Account of plague administration in the Bombay Presidency from September 1896 till May 1897
Year: 1896
Disease focus: Plague
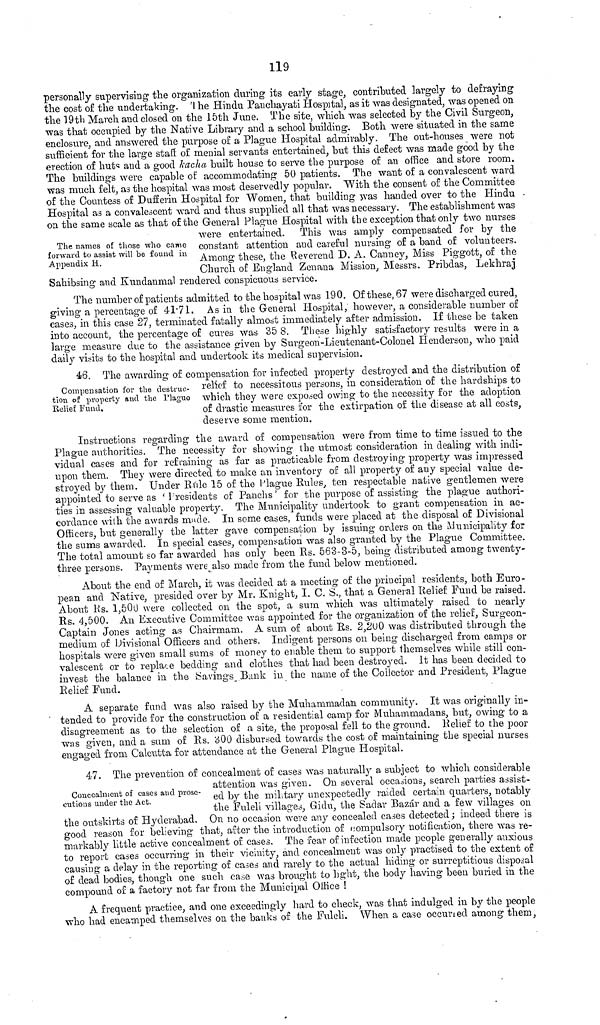
119
personally supervising the organization during its early stage, contributed largely to defraying
the cost of the undertaking. The Hindu Panchayati Hospital, as it was designated, was opened on
the 19th March and closed on the 15th June. The site, which was selected by the Civil Surgeon,
was that occupied by the Native Library and a school building. Both Avère situated in the same
enclosure, and answered the purpose of a Plague Hospital admirably. The out-houses were not
sufficient for the large staff of menial servants entertained, but this defect was made good by the
erection of huts and a good kacha built house to serve the purpose of an office and store room.
The buildings were capable of accommodating 50 patients. The want of a convalescent ward
was much felt, as the hospital was most deservedly popular. With the consent of the Committee
of the Countess of Dufferin Hospital for Women, that building was handed over to the Hindu
Hospital as a convalescent ward and thus supplied all that was necessary. The establishment was
on the same scale as that of the General Plague Hospital with the exception that only two nurses
The names of those who came
forward to assist will be found in
Appendix H.
were entertained. This was amply compensated for by the
constant attention and careful nursing of a baud of volunteers.
Among these, the Reverend D. A. Canney, Miss Piggott, of the
Church of England Zenana Mission, Messrs. Pribdas, Lekhraj
Sahibsing and Kundanmal rendered conspicuous service.
The number of patients admitted to the hospital was 190. Of these, 67 were discharged cured,
giving a percentage of 41-71. As in the General Hospital, however, a considerable number of
cases, in this case 27, terminated fatally almost immediately after admission. If these be taken
into account, the percentage of cures was 35 8. These highly satisfactory results were in a
large measure due to the assistance given by Surgeon-Lieutenant-Colonel Henderson, who paid
daily visits to the hospital and undertook its medical supervision.
Compensation for the destruc-
tion of property and the Plague
Relief Fund,
46. The awarding of compensation for infected property destroyed and the distribution of
relief to necessitous persons, in consideration of the hardships to
which they were exposed owing to the necessity for the adoption
of drastic measures for the extirpation of the disease at all costs,
deserve some mention.
Instructions regarding the award of compensation were from time to time issued to the
Plague authorities. The necessity for showing the utmost consideration in dealing with indi-
vidual cases and for refraining as far as practicable from destroying property was impressed
upon them. They were directed to make an inventory of all property of any special value de-
stroyed by them. Under Rule 15 of the Plague Rules, ten respectable native gentlemen were
appointed to serve as 'Presidents of Panchs' for the purpose of assisting the plague authori-
ties in assessing valuable property. The Municipality undertook to grant compensation in ac-
cordance with the awards made. In some cases, funds were placed at the disposal of Divisional
Officers, but generally the latter gave compensation by issuing orders on the Municipality for
the sums awarded. In special cases, compensation was also granted by the Plague Committee.
The total amount so far awarded has only been Rs. 563-3-5, being distributed among twenty-
three persons. Payments were also made from the fund below mentioned.
About the end of March, it was decided at a meeting of the principal residents, both Euro-
pean and Native, presided over by Mr. Knight, I. C. S., that a General Relief Fund be raised.
About Rs. 1,500 were collected on the spot, a sum which was ultimately raised to nearly
Rs. 4,500. An Executive Committee was appointed for the organization of the relief, Surgeon-
Captain Jones acting as Chairmam. A sum of about Rs. 2,200 was distributed through the
medium of Divisional Officers and others. Indigent persons on being discharged from camps or
hospitals were given small sums of money to enable them to support themselves while still con-
valescent or to replace bedding and clothes that had been destroyed. It has been decided to
invest the balance in the Savings Bank in the name of the Collector and President, Plague
Relief Fund.
A separate fund was also raised by the Muhammadan community. It was originally in-
tended to provide for the construction of a residential camp for Muhammadaus, but, owing to a
disagreement as to the selection of a. site, the proposal fell to the ground. Relief to the poor
was given, and a sum of Rs. 300 disbursed towards the cost of maintaining the special nurses
engaged from Calcutta for attendance at the General Plague Hospital.
Concealment of cases and prose-
cutions under the Act.
47. The prevention of concealment of cases was naturally a subject to which considerable
attention was given. Un several occasions, search parties assist-
ed by the military unexpectedly raided certain quarters, notably
the Fulcli villages, Gidu, the Saciar Bazar and a few villages on
the outskirts of Hyderabad. On no occasion were any concealed cases detected; indeed there is
good reason for believing that, after the introduction of compulsory notification, there was re-
markably little active concealment of cases. The rear of infection made people generally anxious
to report cases occurring in their vicinity, and concealment was only practised to the extent of
causing a delay in the reporting of cases and rarely to the actual hiding or surreptitious disposal
of dead bodies, though one such case was brought to light, the body having been buried in the
compound of a factory not far from the Municipal Office !
A frequent practice, and one exceedingly hard to check, was that indulged in by the people
who had encamped themselves on the banks of the Fuleli. When a case occurred among them,